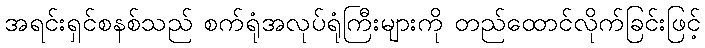
အရင်းရှင်စနစ်သည် စက်ရုံအလုပ်ရုံကြီးများကို တည်ထောင်လိုက်ခြင်းဖြင့်